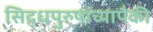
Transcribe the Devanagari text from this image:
सिद्धपुरुषांच्यापैकी